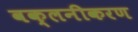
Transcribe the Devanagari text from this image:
वक्लनीकरण